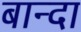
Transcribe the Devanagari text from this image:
बान्दा